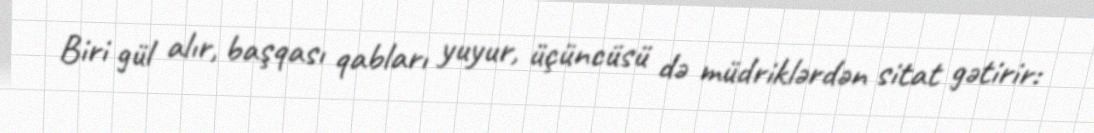
Biri gül alır, başqası qabları yuyur, üçüncüsü də müdriklərdən sitat gətirir: